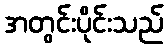
အတွင်းပိုင်းသည်